Emmaste_vallavalitsus, lk 35
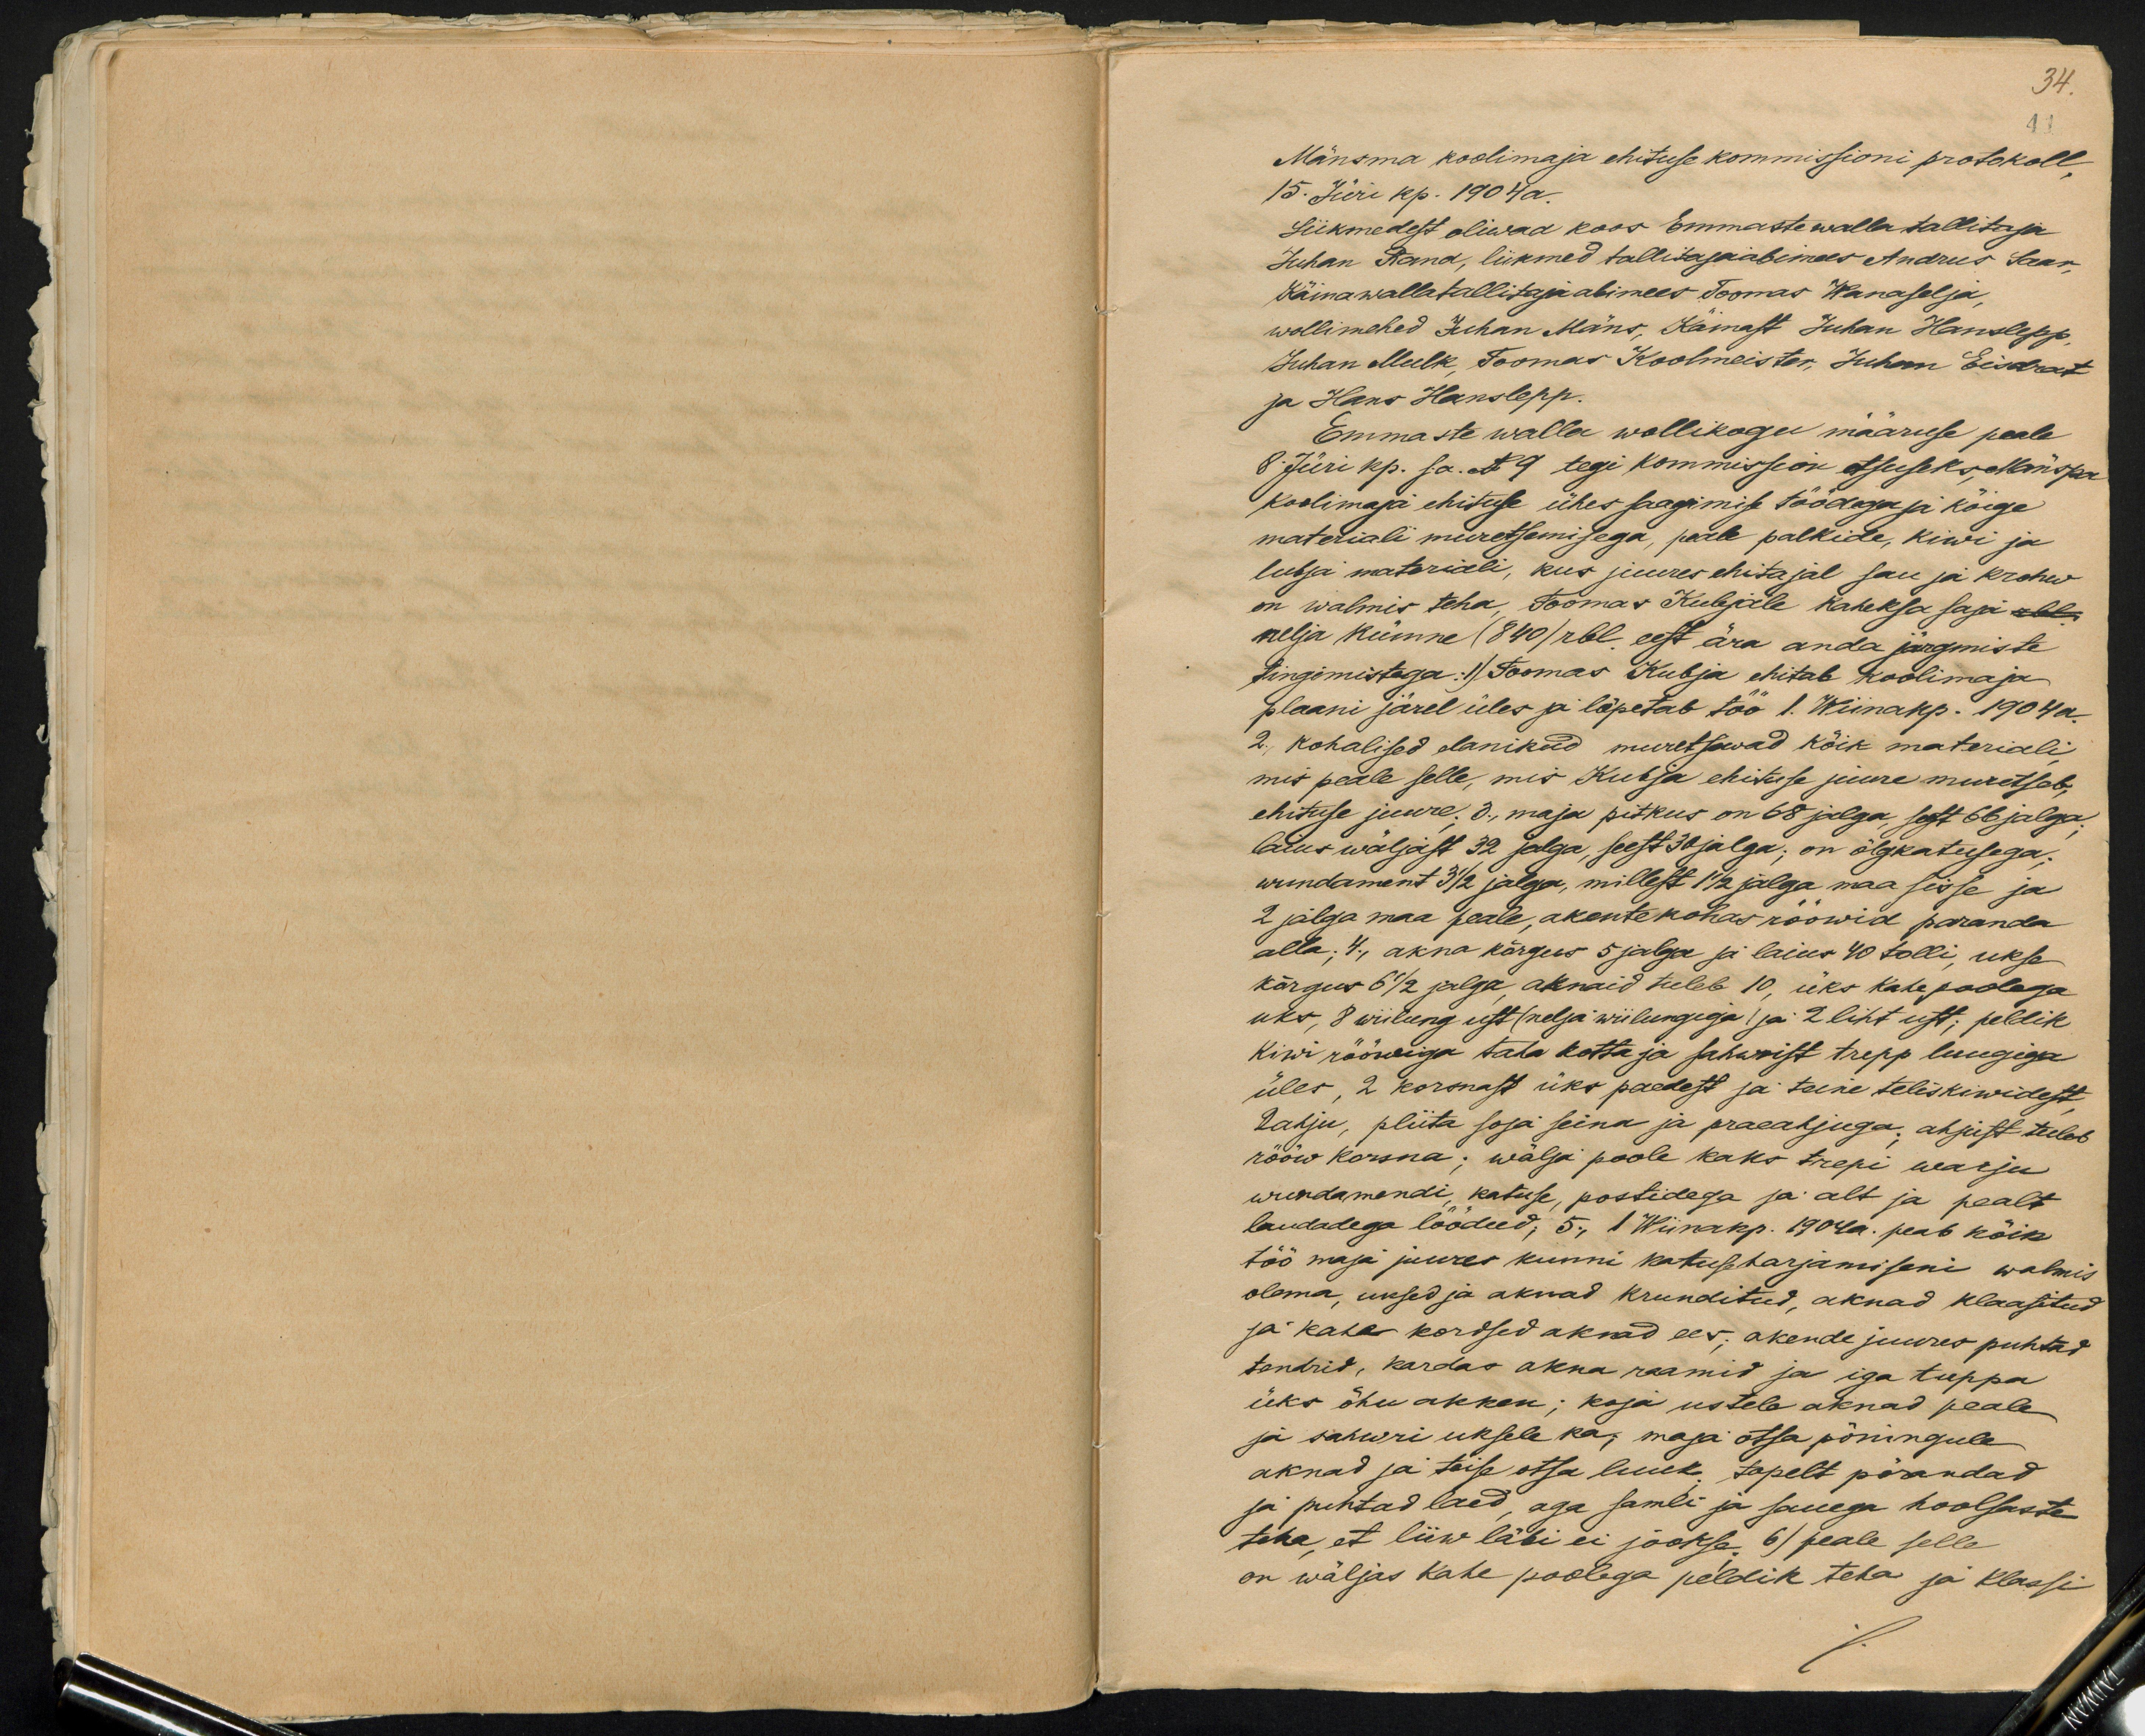
34
41
Mänsma koolimaja ehituse kommissioni protokoll,
15. Jüri kp. 1904 a.
Liikmedest oliwad koos Emmaste walla tallitaja
Juhan Rand, liikmed tallitajaabimees Andrus Saar,
Käina walla tallitaja abimees Toomas Wanaselja
wollimehed Juhan Mäns, Käinast Juhan Hanslepp,
Juhan Mulk, Toomas Koolmeister, Juhan Eisdrat
ja Hans Hanslepp.
Emmaste walla wollikogu määruse peale
8 Jüri kp. s.a. N 9 tegi kommission otsuseks Mänspea
koolimaja ehituse ühes saagimise töödega ja kõige
materiali muretsemisega, peale palkide, kiwi ja
lubja materjali, kus juures ehitajal sau ja krohw
on walmis teha, Toomas Kubjale kaheksa saja rbl.
nelja kümne (840) rbl eest ära anda järgmiste
tingimistega: 1) Toomas Kubja ehitab koolimaja
plaani järel üles ja lõpetab töö 1. Wiinakp. 1904 a.
2., kohalised elanikud muretsawad kõik materiali
mis peale selle, mis Kubja ehituse juure muretseb,
ehituse juure. 3., maja pitkus on 68 jalga, seest 66 jalga;
laius wäljast 32 jalga, seest 30 jalga; on õlgkatusega;
wundament 3 1/2 jalga, millest 1 1/2 jalga maa sisse ja
2 jalga maa peale, akente kohas rööwid paranda
alla; 4., akna kõrgus 5 jalga ja laius 40 tolli, ukse
kõrgus 6 1/2 jalga, aknaid tuleb 10, üks kahe poolega
uks, 8 wiilung ust (nelja wiilungiga) ja 2 liht ust; peldik
kiwi rööwiga taha kotta ja sahwrist trepp luugiga
üles, 2 korsnast üks paedest ja teine teliskiwidest
2 ahju, pliita soja seina ja praeahjuga; ahjust tuleb
rööw korsna; wälja poole kaks trepi warju
wundamendi, katuse, postidega ja alt ja pealt
laudadega löödud; 5., 1 Wiinakp. 1904 a. peab kõik
töö maja juures kunni katuse harjamiseni walmis
olema, uksed ja aknad krunditud, aknad klaasitud
ja kahe kordsed aknad ees; akende juures puhtad
tendrid, kardas akna raamid ja iga tuppa
üks õhu akken; koja ustele aknad peale
ja sahwri uksele ka; maja otsa põningule
aknad ja teise otsa luuk topelt põrandad
ja puhtad laed, aga samli ja sauega hoolsaste
teha, et liiw läbi ei jookse; 6) peale selle
on wäljas kahe poolega peldik teha ja klassi